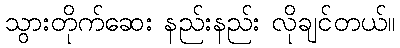
သွားတိုက်ဆေး နည်းနည်း လိုချင်တယ်။